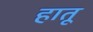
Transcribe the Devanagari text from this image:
हातू